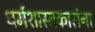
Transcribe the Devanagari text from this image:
धर्मशास्त्रकारांना